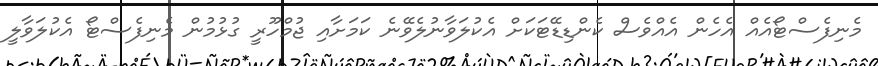
މެނިފެސްޓޯއެއް އެހެން އެއްވެސް ކެންޑިޑޭޓަކަށް އެކުލަވާނުލެވޭނެ ކަމަށާއި ޖުމްހޫރީ ގުޅުމުން މެނިފެސްޓޯ އެކުލަވާލީ